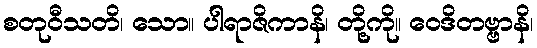
စတုဝီသတိ၊ သော။ ပါရာဇိကာနိ၊ တို့ကို။ ဝေဒိတဗ္ဗာနိ၊